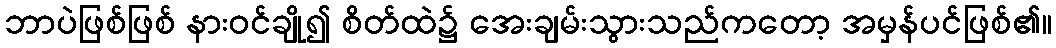
ဘာပဲဖြစ်ဖြစ် နားဝင်ချို၍ စိတ်ထဲ၌ အေးချမ်းသွားသည်ကတော့ အမှန်ပင်ဖြစ်၏။